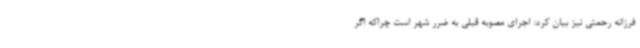
فرزانه رحمتی نیز بیان کرد: اجرای مصوبه قبلی به ضرر شهر است چراکه اگر